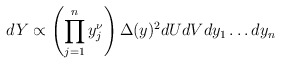
\begin{align*}dY \propto \left( \prod_{j=1}^n y_j^{\nu} \right)\Delta(y)^2 dU dV dy_1 \ldots dy_n\end{align*}